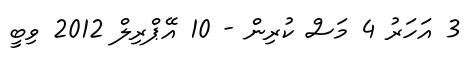
3 އަހަރު 4 މަސް ކުރިން - 10 އޭޕްރިލް 2012 ވިބީ